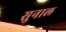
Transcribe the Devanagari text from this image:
सुनाल